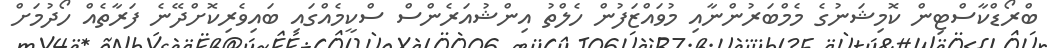
ބްރޯޑްކާސްޓިން ކޮމިޝަނުގެ މެމްބަރުންނާއި މުވައްޒަފުން ހެލްތު އިންޝުއަރެންސް ސްކީމެއްގައި ބައިވެރިކޮށްދޭނެ ފަރާތެއް ހޯދުމަށް